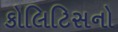
કોલિટિસનો